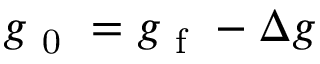
g _ { \mathrm { ~ 0 ~ } } = g _ { \mathrm { ~ f ~ } } - \Delta g